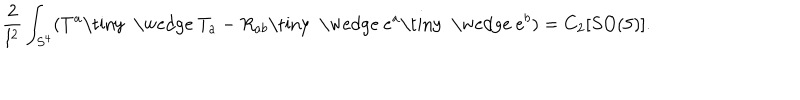
\frac { 2 } { l ^ { 2 } } \int _ { S ^ { 4 } } ( T ^ { a } \mathrm { \tiny ~ \wedge ~ } T _ { a } - R _ { a b } \mathrm { \tiny ~ \wedge ~ } e ^ { a } \mathrm { \tiny ~ \wedge ~ } e ^ { b } ) = C _ { 2 } [ S O ( 5 ) ] .